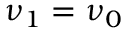
\nu _ { 1 } = \nu _ { 0 }